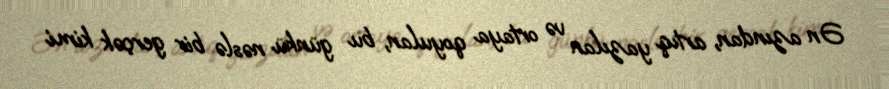
Ən azından, artıq yazılan və ortaya qoyulan, bu günkü nəslə bir gerçək kimi